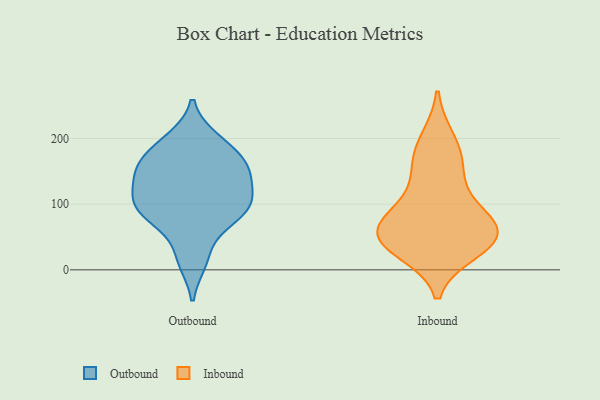
{"axis": {"x": "Page Views", "y": "Value"}, "legend": ["Inbound", "Outbound"], "data": [{"x": "", "y": 81, "type": "Outbound"}, {"x": "", "y": 173, "type": "Outbound"}, {"x": "", "y": 140, "type": "Outbound"}, {"x": "", "y": 143, "type": "Outbound"}, {"x": "", "y": 91, "type": "Outbound"}, {"x": "", "y": 94, "type": "Outbound"}, {"x": "", "y": 149, "type": "Outbound"}, {"x": "", "y": 197, "type": "Outbound"}, {"x": "", "y": 113, "type": "Outbound"}, {"x": "", "y": 21, "type": "Outbound"}, {"x": "", "y": 14, "type": "Outbound"}, {"x": "", "y": 86, "type": "Outbound"}, {"x": "", "y": 109, "type": "Outbound"}, {"x": "", "y": 153, "type": "Outbound"}, {"x": "", "y": 106, "type": "Outbound"}, {"x": "", "y": 77, "type": "Outbound"}, {"x": "", "y": 158, "type": "Outbound"}, {"x": "", "y": 198, "type": "Outbound"}, {"x": "", "y": 175, "type": "Outbound"}, {"x": "", "y": 84, "type": "Inbound"}, {"x": "", "y": 55, "type": "Inbound"}, {"x": "", "y": 148, "type": "Inbound"}, {"x": "", "y": 53, "type": "Inbound"}, {"x": "", "y": 51, "type": "Inbound"}, {"x": "", "y": 170, "type": "Inbound"}, {"x": "", "y": 31, "type": "Inbound"}, {"x": "", "y": 197, "type": "Inbound"}, {"x": "", "y": 44, "type": "Inbound"}, {"x": "", "y": 55, "type": "Inbound"}, {"x": "", "y": 99, "type": "Inbound"}]}